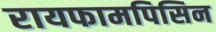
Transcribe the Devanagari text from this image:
रायफामपिसिन